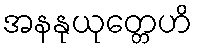
အနနုယုတ္တေဟိ